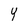
Character: Y